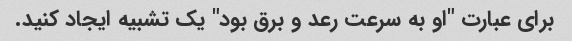
برای عبارت "او به سرعت رعد و برق بود" یک تشبیه ایجاد کنید.